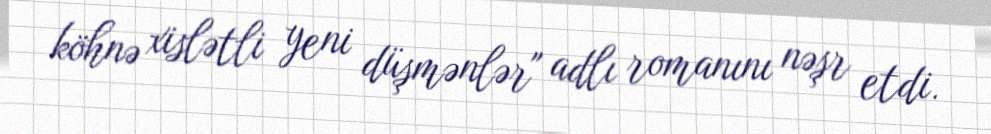
köhnə xislətli yeni düşmənlər" adlı romanını nəşr etdi.